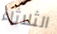
الثلاثاء